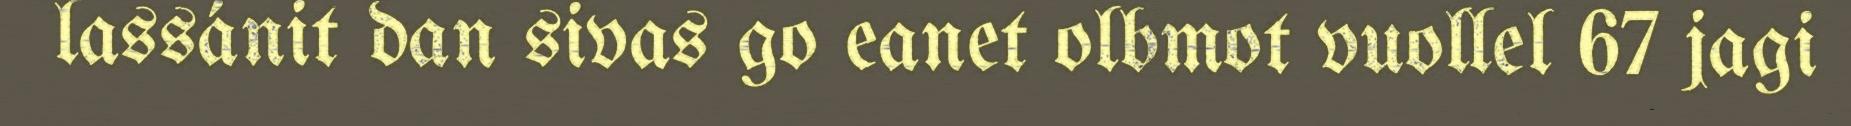
lassánit dan sivas go eanet olbmot vuollel 67 jagi